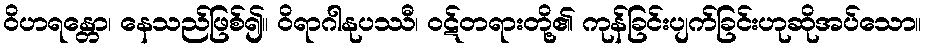
ဝိဟရန္တော၊ နေသည်ဖြစ်၍။ ဝိရာဂါနုပဿီ၊ ဝဋ်တရားတို့၏ ကုန်ခြင်းပျက်ခြင်းဟုဆိုအပ်သော။